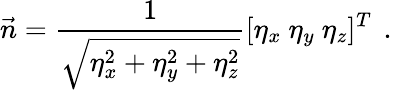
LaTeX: \vec{n}=\frac{1}{\sqrt{\eta_{x}^{2}+\eta_{y}^{2}+\eta_{z}^{2}}}[\eta_{x}\ \eta_{y}\ \eta_{z}]^{T}\, \mathrm{~.~}